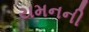
યમનની